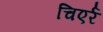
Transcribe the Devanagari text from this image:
चिएर्र